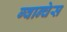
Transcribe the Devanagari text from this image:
ग्वान्चेस